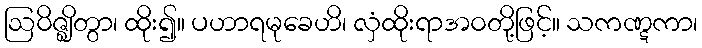
ဩဝိဇ္ဈိတွာ၊ ထိုး၍။ ပဟာရမုခေဟိ၊ လှံထိုးရာအဝတို့ဖြင့်။ သကဏ္ဋကာ၊